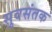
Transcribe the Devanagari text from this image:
सुवसंतक